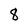
Character: 8